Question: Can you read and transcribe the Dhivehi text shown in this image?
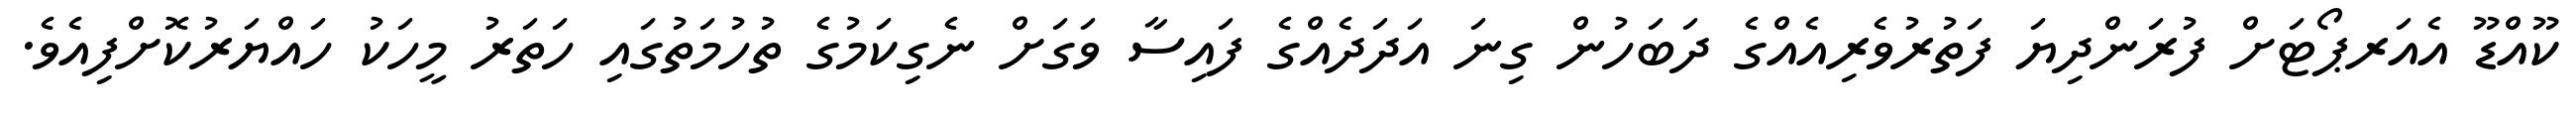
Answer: ކޫއްޑޫ އެއަރޕޯޓަށް ފުރަންދިޔަ ފަތުރުވެރިއެއްގެ ދަބަހުން ގިނަ އަދަދެއްގެ ފައިސާ ވަގަށް ނެގިކަމުގެ ތުހުމަތުގައި ހަތަރު މީހަކު ހައްޔަރުކޮށްފިއެވެ.